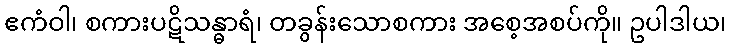
ဧကံဝါ၊ စကားပဋိသန္ဓာရံ၊ တခွန်းသောစကား အစေ့အစပ်ကို။ ဥပါဒါယ၊